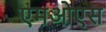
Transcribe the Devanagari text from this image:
एमओएस